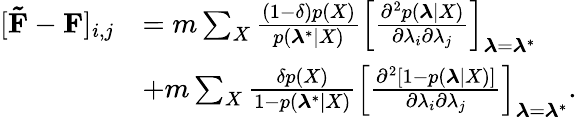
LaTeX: \begin{array}{rl}{[\mathbf{\tilde{F}}-\mathbf{F}]_{i,j}}&{=m\sum_{X}\frac{(1-\delta)p(X)}{p(\boldsymbol{\lambda}^{*}|X)}\left[\frac{\partial^{2}p(\boldsymbol{\lambda}|X)}{\partial\lambda_{i}\partial\lambda_{j}}\right]_{\boldsymbol{\lambda}=\boldsymbol{\lambda}^{*}}}\\ &{+m\sum_{X}\frac{\delta p(X)}{1-p(\boldsymbol{\lambda}^{*}|X)}\left[\frac{\partial^{2}[1-p(\boldsymbol{\lambda}|X)]}{\partial\lambda_{i}\partial\lambda_{j}}\right]_{\boldsymbol{\lambda}=\boldsymbol{\lambda}^{*}}.}\end{array}